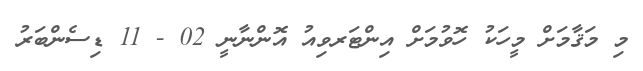
މި މަޤާމަށް މީހަކު ހޮވުމަށް އިންޓަރވިއު އޮންނާނީ 02 - 11 ޑިސެންބަރު